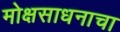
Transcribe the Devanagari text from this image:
मोक्षसाधनाचा